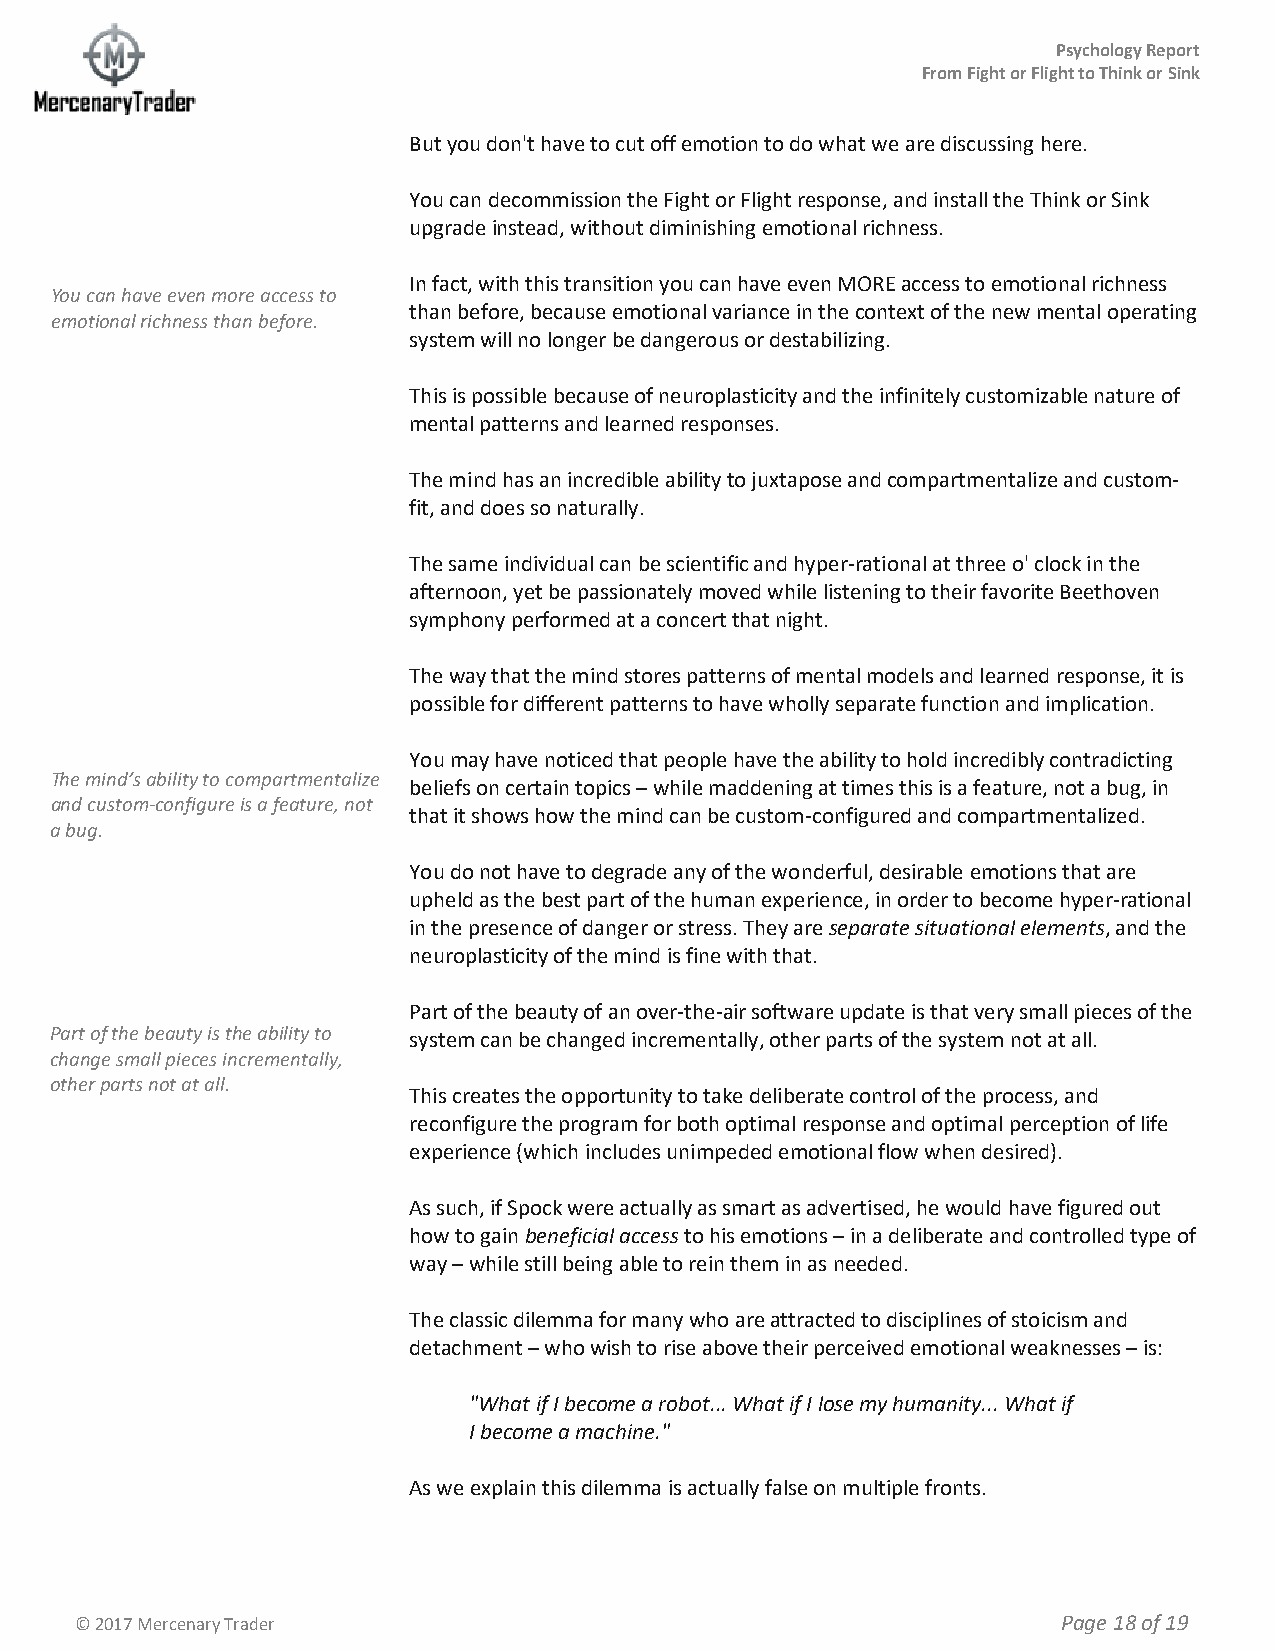
Psychology Report
 From Fight or Flight to Think or Sink
 But you don't have to cut off emotion to do what we are discussing here.
 You can decommission the Fight or Flight response, and install the Think or Sink
 upgrade instead, without diminishing emotional richness.
 In fact, with this transition you can have even MORE access to emotional richness
 You can have even more access to
 than before, because emotional variance in the context of the new mental operating
 emotional richness than before.
 system will no longer be dangerous or destabilizing.
 This is possible because of neuroplasticity and the infinitely customizable nature of
 mental patterns and learned responses.
 The mind has an incredible ability to juxtapose and compartmentalize and custom-
 fit, and does so naturally.
 The same individual can be scientific and hyper-rational at three o' clock in the
 afternoon, yet be passionately moved while listening to their favorite Beethoven
 symphony performed at a concert that night.
 The way that the mind stores patterns of mental models and learned response, it is
 possible for different patterns to have wholly separate function and implication.
 You may have noticed that people have the ability to hold incredibly contradicting
 The mind’s ability to compartmentalize
 beliefs on certain topics – while maddening at times this is a feature, not a bug, in
 and custom-configure is a feature, not
 that it shows how the mind can be custom-configured and compartmentalized.
 a bug.
 You do not have to degrade any of the wonderful, desirable emotions that are
 upheld as the best part of the human experience, in order to become hyper-rational
 in the presence of danger or stress. They are separate situational elements, and the
 neuroplasticity of the mind is fine with that.
 Part of the beauty of an over-the-air software update is that very small pieces of the
 Part of the beauty is the ability to system can be changed incrementally, other parts of the system not at all.
 change small pieces incrementally,
 other parts not at all.
 This creates the opportunity to take deliberate control of the process, and
 reconfigure the program for both optimal response and optimal perception of life
 experience (which includes unimpeded emotional flow when desired).
 As such, if Spock were actually as smart as advertised, he would have figured out
 how to gain beneficial access to his emotions – in a deliberate and controlled type of
 way – while still being able to rein them in as needed.
 The classic dilemma for many who are attracted to disciplines of stoicism and
 detachment – who wish to rise above their perceived emotional weaknesses – is:
 "What if I become a robot... What if I lose my humanity... What if
 I become a machine."
 As we explain this dilemma is actually false on multiple fronts.
 © 2017 Mercenary Trader                                          Page 18 of 19